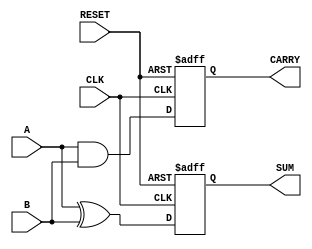
module sequential_half_adder (
    input wire A,          // First input bit
    input wire B,          // Second input bit
    input wire CLK,        // Clock input
    input wire RESET,      // Asynchronous reset input
    output reg SUM,        // Sum output
    output reg CARRY       // Carry output
);

// Internal signals to hold the intermediate values
reg sum_next;
reg carry_next;

always @(posedge CLK or posedge RESET) begin
    if (RESET) begin
        // Reset the outputs to zero
        SUM <= 1'b0;
        CARRY <= 1'b0;
    end else begin
        // Update the outputs with the next values
        SUM <= sum_next;
        CARRY <= carry_next;
    end
end

always @(*) begin
    // Compute the next values based on current inputs
    sum_next = A ^ B;      // SUM is A XOR B
    carry_next = A & B;    // CARRY is A AND B
end

endmodule